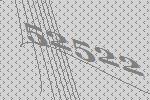
52522